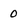
Character: 0